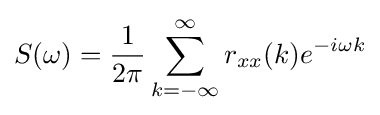
S(\omega )={\frac {1}{2\pi }}\sum _{k=-\infty }^{\infty }r_{xx}(k)e^{-i\omega k}